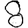
Digit: 8